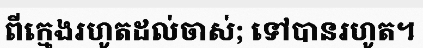
ពីក្មេងរហូតដល់ចាស់; ទៅបានរហូត។